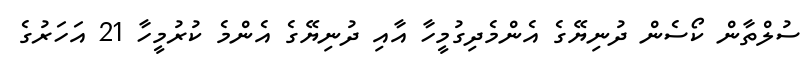
ސުލްތާން ކޯސެން ދުނިޔޭގެ އެންމެދިގުމީހާ އާއި ދުނިޔޭގެ އެންމެ ކުރުމީހާ 21 އަހަރުގެ